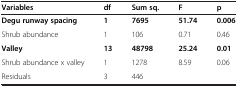
<table><thead><tr><td><b>Variables</b></td><td><b>df</b></td><td><b>Sum sq.</b></td><td><b>F</b></td><td><b>p</b></td></tr></thead><tbody><tr><td><b>Degu runway spacing</b></td><td><b>1</b></td><td><b>7695</b></td><td><b>51.74</b></td><td><b>0.006</b></td></tr><tr><td>Shrub abundance</td><td>1</td><td>106</td><td>0.71</td><td>0.46</td></tr><tr><td><b>Valley</b></td><td><b>13</b></td><td><b>48798</b></td><td><b>25.24</b></td><td><b>0.01</b></td></tr><tr><td>Shrub abundance x valley</td><td>1</td><td>1278</td><td>8.59</td><td>0.06</td></tr><tr><td>Residuals</td><td>3</td><td>446</td><td> </td><td> </td></tr></tbody></table>